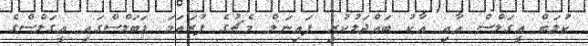
ކުލަބް އީގަލްސް އާއި އާކު ބައްދަލުކުރި ފައިނަލް މެޗުގެ ފުރަތަމަ ޑަބަލްސްގައި އީގަލްސްގެ